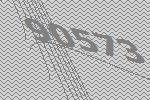
90573